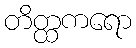
တိတ္ထကရော